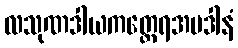
လသုဏဒါယကတ္ထေရအပဒါနံ